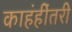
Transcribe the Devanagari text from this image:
काहंहींतरी